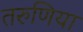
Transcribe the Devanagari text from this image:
तरुणिया